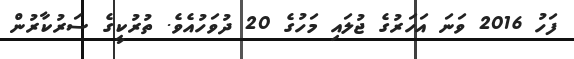
ފަހު 2016 ވަނަ އަހަރުގެ ޖުލައި މަހުގެ 20 ދުވަހުއެވެ. ތުރުކީގެ ސަރުކާރުން